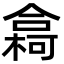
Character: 樖